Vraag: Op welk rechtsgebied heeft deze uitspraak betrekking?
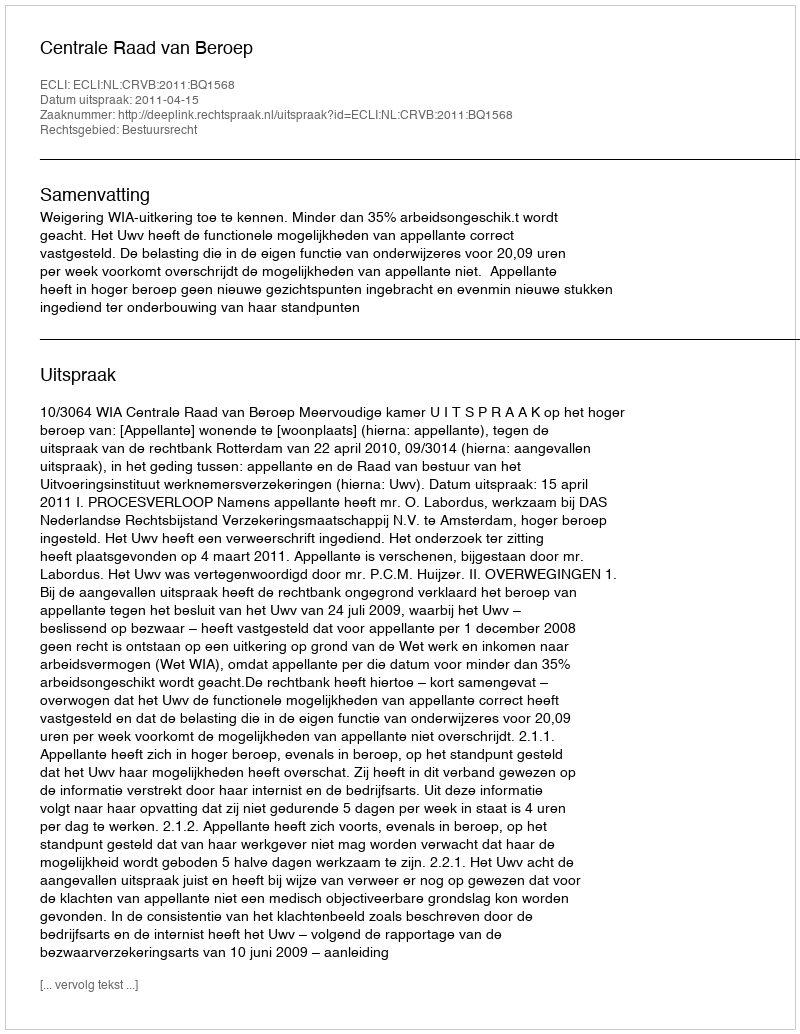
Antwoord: Bestuursrecht